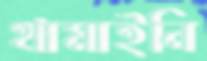
থামাইনি